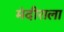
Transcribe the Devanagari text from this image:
मंदीराला